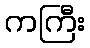
ကကြီး